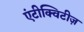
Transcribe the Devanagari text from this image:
एंटीक्विटीज़